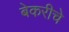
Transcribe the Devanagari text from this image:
बेकरीचे